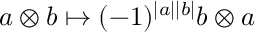
a \otimes b \mapsto ( - 1 ) ^ { \left| a \right| \left| b \right| } b \otimes a